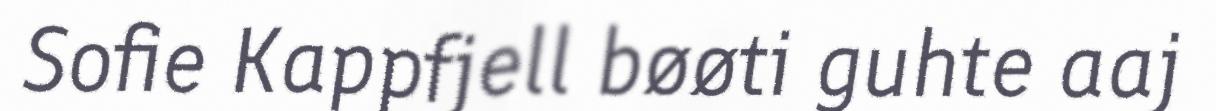
Sofie Kappfjell bøøti guhte aaj